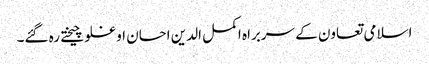
اسلامی تعاون کے سربراہ اکمل الدین احسان اوغلو چیختے رہ گئے۔